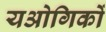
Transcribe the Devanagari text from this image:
यओगिकों